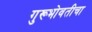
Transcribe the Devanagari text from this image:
गुरूभोवतीचा